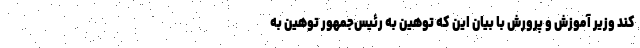
کند وزیر آموزش و پرورش با بیان این که توهین به رئیس‌جمهور توهین به